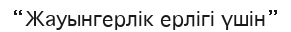
“Жауынгерлік ерлігі үшін”